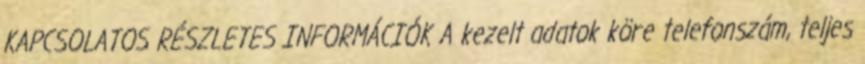
KAPCSOLATOS RÉSZLETES INFORMÁCIÓK A kezelt adatok köre telefonszám, teljes